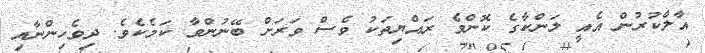
އާލާކުރުން އެއީ ލަންކާގެ ކޮންމެ ރައްޔިތަކު ވެސް ވަރަށް ބޭނުންވާ ކަމެކެވެ. ދިވެހިންނާއި